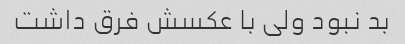
بد نبود ولی با عکسش فرق داشت